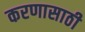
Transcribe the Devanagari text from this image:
करणासाठी